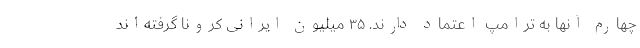
چهارم آنها به ترامپ اعتماد دارند. ۳۵ میلیون ایرانی کرونا گرفته‌اند